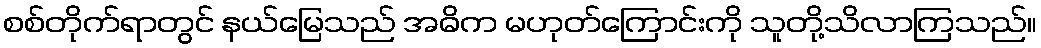
စစ်တိုက်ရာတွင် နယ်မြေသည် အဓိက မဟုတ်ကြောင်းကို သူတို့သိလာကြသည်။